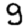
Digit: 9